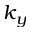
k _ { y }